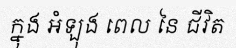
ក្នុង អំឡុង ពេល នៃ ជីវិត